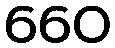
660